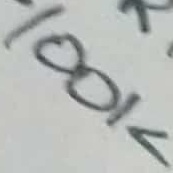
Text: 100K